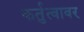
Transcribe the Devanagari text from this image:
कर्तुत्वावर